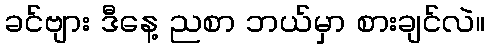
ခင်ဗျား ဒီနေ့ ညစာ ဘယ်မှာ စားချင်လဲ။